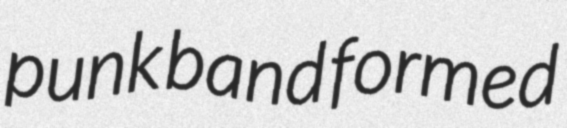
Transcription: punk band formed